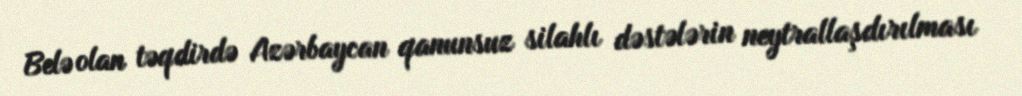
Belə olan təqdirdə Azərbaycan qanunsuz silahlı dəstələrin neytrallaşdırılması